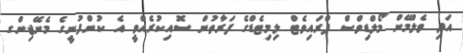
އަދި ވެލްމޭން މޯލްޑިވްސް ޕްރައިވެޓް ލިމިޓެޑްގެ ފަރާތުން ސޮއިކުރެއްވީ އެ ކުންފުނީގެ މެނޭޖިންގ